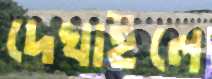
দেখাইলে